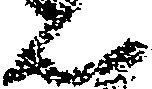
ん